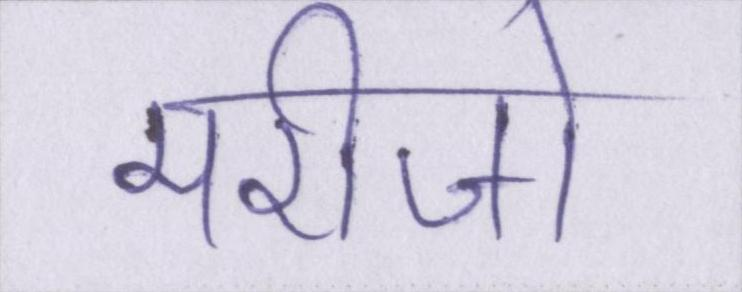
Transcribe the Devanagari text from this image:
मरीजो